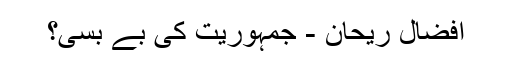
افضال ریحان - جمہوریت کی بے بسی؟